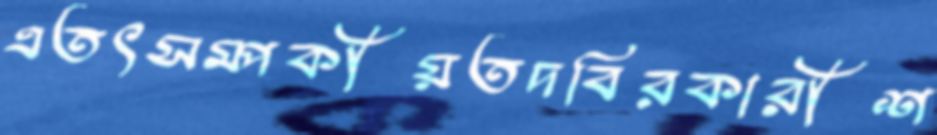
এতৎসম্পর্কীয়তদবিরকারীশ